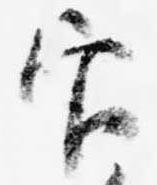
官